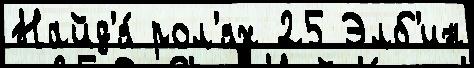
Найд'я́ рол'ях 25 Элб'ин